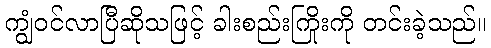
ကျွံဝင်လာပြီဆိုသဖြင့် ခါးစည်းကြိုးကို တင်းခဲ့သည်။